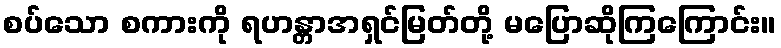
စပ်သော စကားကို ရဟန္တာအရှင်မြတ်တို့ မပြောဆိုကြကြောင်း။